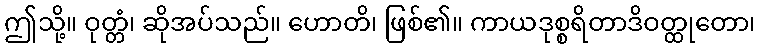
ဤသို့။ ဝုတ္တံ၊ ဆိုအပ်သည်။ ဟောတိ၊ ဖြစ်၏။ ကာယဒုစ္စရိတာဒိဝတ္ထုတော၊